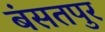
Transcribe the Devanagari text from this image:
बंसतपुर